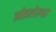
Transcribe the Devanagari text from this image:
झोडलेल्या